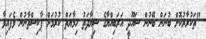
"ތަކުރާރުކޮށް ބުނަން ބޭނުން ސައޫދީ އަރަބިއްޔާގެ ސިޔާދަތު ހިމާޔަތް ކުރުމަށް ޕާކިސްތާނުން ވެފައިވާ